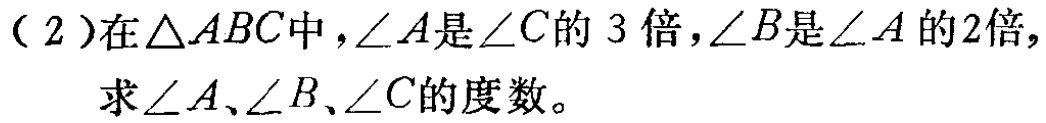
（2）在$\triangle ABC$中，$\angle A$是$\angle C$的$3$倍，$\angle B$是$\angle A$的$2$倍，求$\angle A$、$\angle B$、$\angle C$的度数。